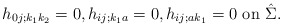
\begin{align*}h_{0j; k_1k_2}=0, h_{ij; k_1 a}=0, h_{ij; a k_1 }=0\mbox{ on } \hat \Sigma.\end{align*}